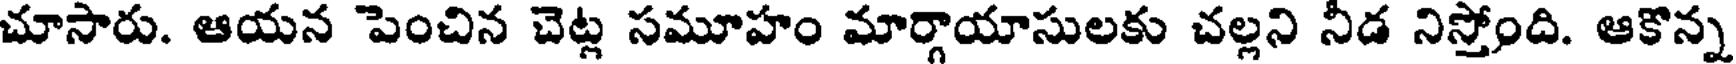
చూసారు. ఆయన పెంచిన చెట్ల సమూహం మార్గాయాసులకు చల్లని నీడ నిస్తోంది. ఆకొన్న